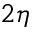
2 \eta